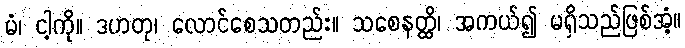
မံ၊ ငါ့ကို။ ဒဟတု၊ လောင်စေသတည်း။ သစေနတ္ထိ၊ အကယ်၍ မရှိသည်ဖြစ်အံ့။